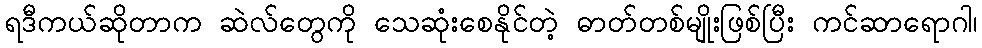
ရဒီကယ်ဆိုတာက ဆဲလ်တွေကို သေဆုံးစေနိုင်တဲ့ ဓာတ်တစ်မျိုးဖြစ်ပြီး ကင်ဆာရောဂါ၊